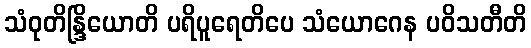
သံဝုတိန္ဒြိယောတိ ပရိပူရေတိပေ သံယောဂေန ပဝိသတီတိ